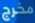
مخرج